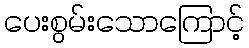
ပေးစွမ်းသောကြောင့်